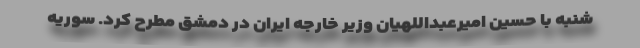
شنبه با حسین امیرعبداللهیان وزیر خارجه ایران در دمشق مطرح کرد. سوریه